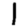
Digit: 1